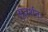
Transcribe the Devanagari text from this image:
सुदर्शनः